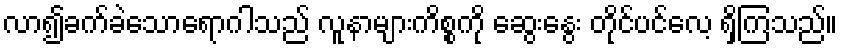
လာ၍ခက်ခဲသောရောဂါသည် လူနာများကိစ္စကို ဆွေးနွေး တိုင်ပင်လေ့ ရှိကြသည်။